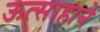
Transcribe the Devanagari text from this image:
ऊत्साहाने